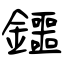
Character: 鑩